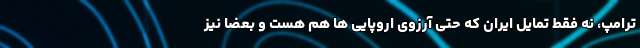
ترامپ، نه فقط تمایل ایران که حتی آرزوی اروپایی ها هم هست و بعضاً نیز